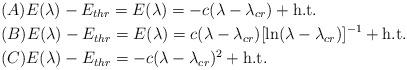
LaTeX: \begin{align*}&(A) E(\lambda) - E_{thr}=E(\lambda)= - c (\lambda-\lambda_{cr}) + \mbox{\textnormal{h.t.}} \\&(B) E(\lambda) - E_{thr}=E(\lambda)= c (\lambda-\lambda_{cr})[\ln (\lambda-\lambda_{cr})]^{-1}+ \mbox{\textnormal{h.t.}} \\&(C) E(\lambda)-E_{thr} = - c (\lambda-\lambda_{cr})^2 + \mbox{\textnormal{h.t.}} \end{align*}